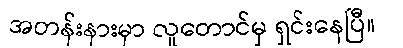
အတန်းနားမှာ လူတောင်မှ ရှင်းနေပြီ။